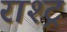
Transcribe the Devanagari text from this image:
राश्ट्र